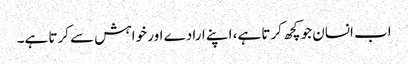
اب انسان جو کچھ کرتا ہے، اپنے ارادے اور خواہش سے کرتا ہے۔